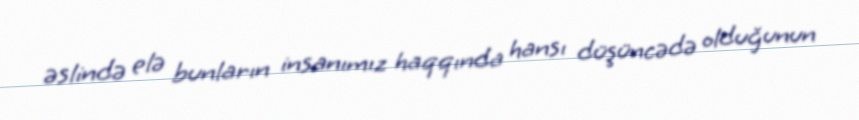
əslində elə bunların insanımız haqqında hansı düşüncədə olduğunun